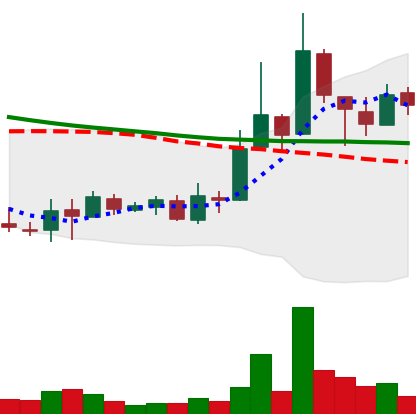
Ticker: XLM-USD
Chart end date: 2018-09-28
Forward return: -5.112%
Label: down_5_7